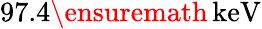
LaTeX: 97.4\ensuremath{\, \mathrm{keV}}